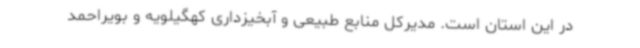
در این استان است. مدیرکل منابع طبیعی و آبخیزداری کهگیلویه و بویراحمد